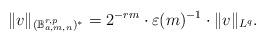
LaTeX: \begin{align*}\|v\|_{(\mathbb{B}_{a,m,n}^{r,p})^*}=2^{-rm}\cdot \varepsilon(m)^{-1}\cdot \|v\|_{L^{q}}.\end{align*}